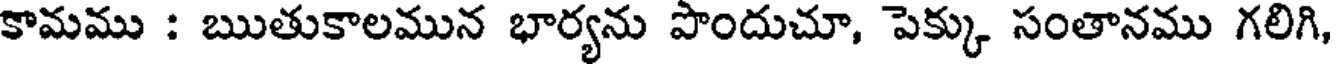
కామము : ఋతుకాలమున భార్యను పొందుచూ, పెక్కు సంతానము గలిగి,